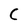
Character: C